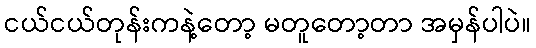
ငယ်ငယ်တုန်းကနဲ့တော့ မတူတော့တာ အမှန်ပါပဲ။